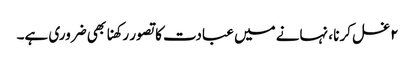
۲ غسل کرنا ، نہانے میں عبادت کا تصور رکھنا بھی ضروری ہے۔